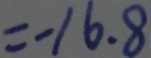
= - 1 6 . 8